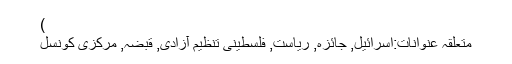
)
متعلقہ عنوانات‬:اسرائیل, جائزہ, ریاست, فلسطینی تنظیم آزادی, قبضہ, مرکزی کونسل